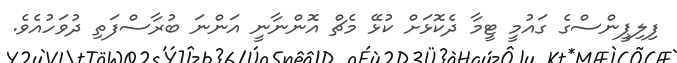
ފިލިޕީންސްގެ ގައުމީ ޓީމާ ދެކޮޅަށް ކުޅޭ މެޗް އޮންނާނީ އަންނަ ބުރާސްފަތި ދުވަހުއެވެ.